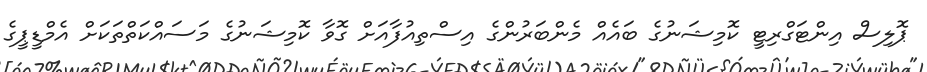
ޕޮލިސް އިންޓަގްރިޓީ ކޮމިޝަނުގެ ބައެއް މެންބަރުންގެ އިސްތިއުފާއަށް ގޮވާ ކޮމިޝަނުގެ މަސައްކަތްތަކަށް އެމްޑީޕީގެ